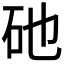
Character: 𥐨